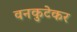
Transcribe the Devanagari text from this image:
वनकुटेकर